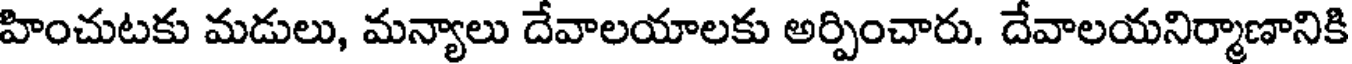
హించుటకు మడులు, మన్యాలు దేవాలయాలకు అర్పించారు. దేవాలయనిర్మాణానికి